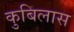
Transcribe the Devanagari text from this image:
कुबिलास